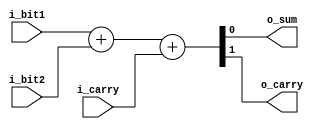
module full_adder (
  input i_bit1,
  input i_bit2,
  input i_carry,
  output o_sum,
  output o_carry);
  assign {o_carry, o_sum} = i_bit1 + i_bit2 + i_carry;
endmodule
module carry_lookahead_adder
  #(parameter WIDTH = 16)
  (
   input [WIDTH-1:0] in_a,
   input [WIDTH-1:0] in_b,
   output [WIDTH:0]  out_sum
   );
     
  wire [WIDTH:0]     w_C;
  wire [WIDTH-1:0]   w_G, w_P, w_SUM;
 
  // Create the Full Adders
  genvar             ii;
  generate
    for (ii=0; ii<WIDTH; ii=ii+1) 
      begin
        full_adder full_adder_inst
            ( 
              .i_bit1(in_a[ii]),
              .i_bit2(in_b[ii]),
              .i_carry(w_C[ii]),
              .o_sum(w_SUM[ii]),
              .o_carry()
              );
      end
  endgenerate
 
  // Create the Generate (G) Terms:  Gi=Ai*Bi
  // Create the Propagate Terms: Pi=Ai+Bi
  // Create the Carry Terms:
  genvar             jj;
  generate
    for (jj=0; jj<WIDTH; jj=jj+1) 
      begin
        assign w_G[jj]   = in_a[jj] & in_b[jj];
        assign w_P[jj]   = in_a[jj] | in_b[jj];
        assign w_C[jj+1] = w_G[jj] | (w_P[jj] & w_C[jj]);
      end
  endgenerate
   
  assign w_C[0] = 1'b0; // no carry input on first adder
 
  assign out_sum = {w_C[WIDTH], w_SUM};   // Verilog Concatenation
 
endmodule // carry_lookahead_adder


module fastAdder2Stage(
    input clock,
    input reset,
    input [31:0] in_a,
    input [31:0] in_b,
    output [32:0] out_sum
);

parameter WIDTH = 32;

// buffer registers for IO
reg [WIDTH-1:0] buffer_in_a;
reg [WIDTH-1:0] buffer_in_b;
reg [WIDTH:0] buffer_out_sum;

// stage 1 pipeline registers
reg [(WIDTH/2 -1):0] pipeline_in_a;   //for higher 16 bits of in_a
reg [(WIDTH/2 -1):0] pipeline_in_b;   //for higher 16 bits of in_b
reg [(WIDTH/2):0] pipeline_sum0;   //for {carry,sum} generated by adder0


// wire fot stage 1 output --- carry is the MSB bit
wire [(WIDTH/2):0] sum0;

carry_lookahead_adder cla0(
    buffer_in_a[(WIDTH/2 - 1):0],
    buffer_in_b[(WIDTH/2 - 1):0],
    sum0);

always @(posedge clock) begin
    if (reset) begin
        pipeline_in_a <= {(WIDTH/2 - 1){1'b0}};
        pipeline_in_b <= {(WIDTH/2 - 1){1'b0}};
        pipeline_sum0 <= {(WIDTH/2){1'b0}};
    end 
    else begin
        buffer_in_a <= in_a;
        buffer_in_b <= in_b;

        pipeline_in_a <= buffer_in_a[(WIDTH-1):(WIDTH/2)];
        pipeline_in_b <= buffer_in_b[(WIDTH-1):(WIDTH/2)];

        pipeline_sum0 <= sum0;        
    end    
end

// stage 2
wire [(WIDTH/2):0] sum1;

carry_lookahead_adder cla1(
    pipeline_in_a,
    pipeline_in_b,
    sum1
);

always @(posedge clock) begin
    if (reset) begin
        // flush output buffer
        buffer_out_sum <= {WIDTH{1'b0}};
    end 
    else begin
        buffer_out_sum <= {sum1, pipeline_sum0};
    end
end

assign out_sum = buffer_out_sum;
    
endmodule